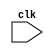
module prod
(
  input clk, 
);

// Todo: defined all the wires for two copies of the circuits


//**Wire declarations**//
//**Init register**//
//**Stuttering Signal**//
//**Self-composed modules**//
//**Initial state**//
//**State invariants**//
//**Verification conditions**//

endmodule